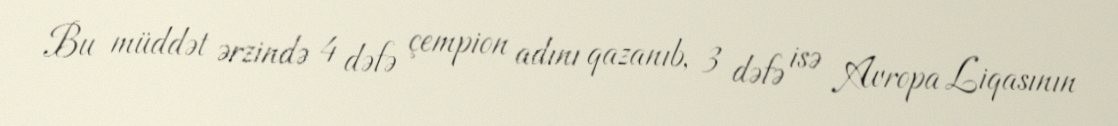
Bu müddət ərzində 4 dəfə çempion adını qazanıb, 3 dəfə isə Avropa Liqasının